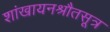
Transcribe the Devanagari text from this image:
शांखायनश्रौतसूत्र